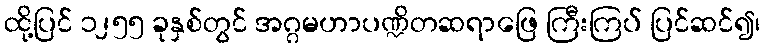
ထို့ပြင် ၁၂၅၅ ခုနှစ်တွင် အဂ္ဂမဟာပဏ္ဍိတဆရာဖြေ ကြီးကြပ် ပြင်ဆင်၍၊